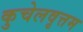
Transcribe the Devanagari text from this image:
कुचेलवृत्तम